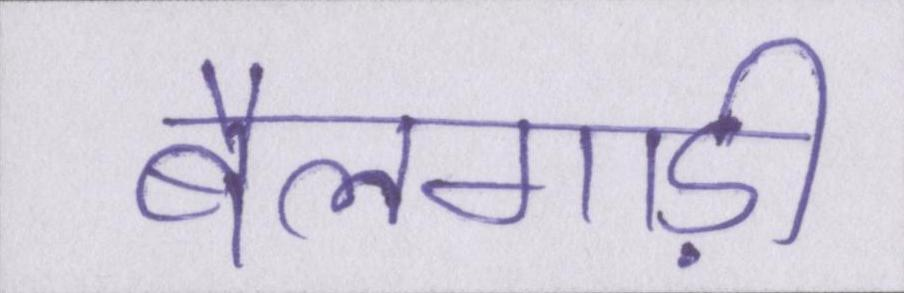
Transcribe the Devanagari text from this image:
बैलगाड़ी